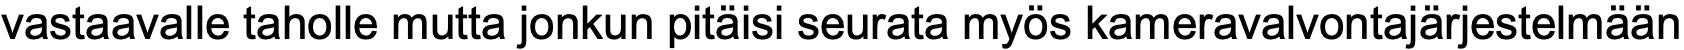
vastaavalle taholle mutta jonkun pitäisi seurata myös kameravalvontajärjestelmään